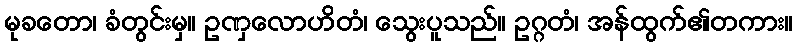
မုခတော၊ ခံတွင်းမှ။ ဥဏှလောဟိတံ၊ သွေးပူသည်။ ဥဂ္ဂတံ၊ အန်ထွက်၏တကား။